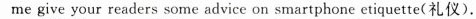
me give your readers some advice on smartphone etiquette(礼仪).